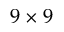
9 \times 9